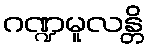
ဂဏ္ဍမူလန္တိ